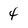
Character: 4